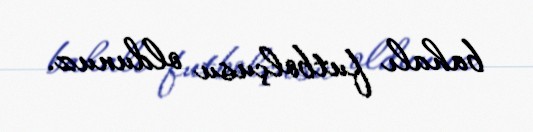
bahalı futbolçusu oldunuz.